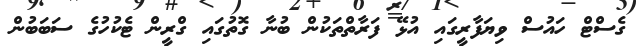
ގެސްޓް ހައުސް ވިޔަފާރީގައި އުޅޭ ފަރާތްތަކުން ބުނާ ގޮތުގައި ގްރީން ޓެކުހުގެ ސަބަބުން